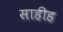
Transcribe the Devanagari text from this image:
साहीह